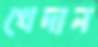
খেদান